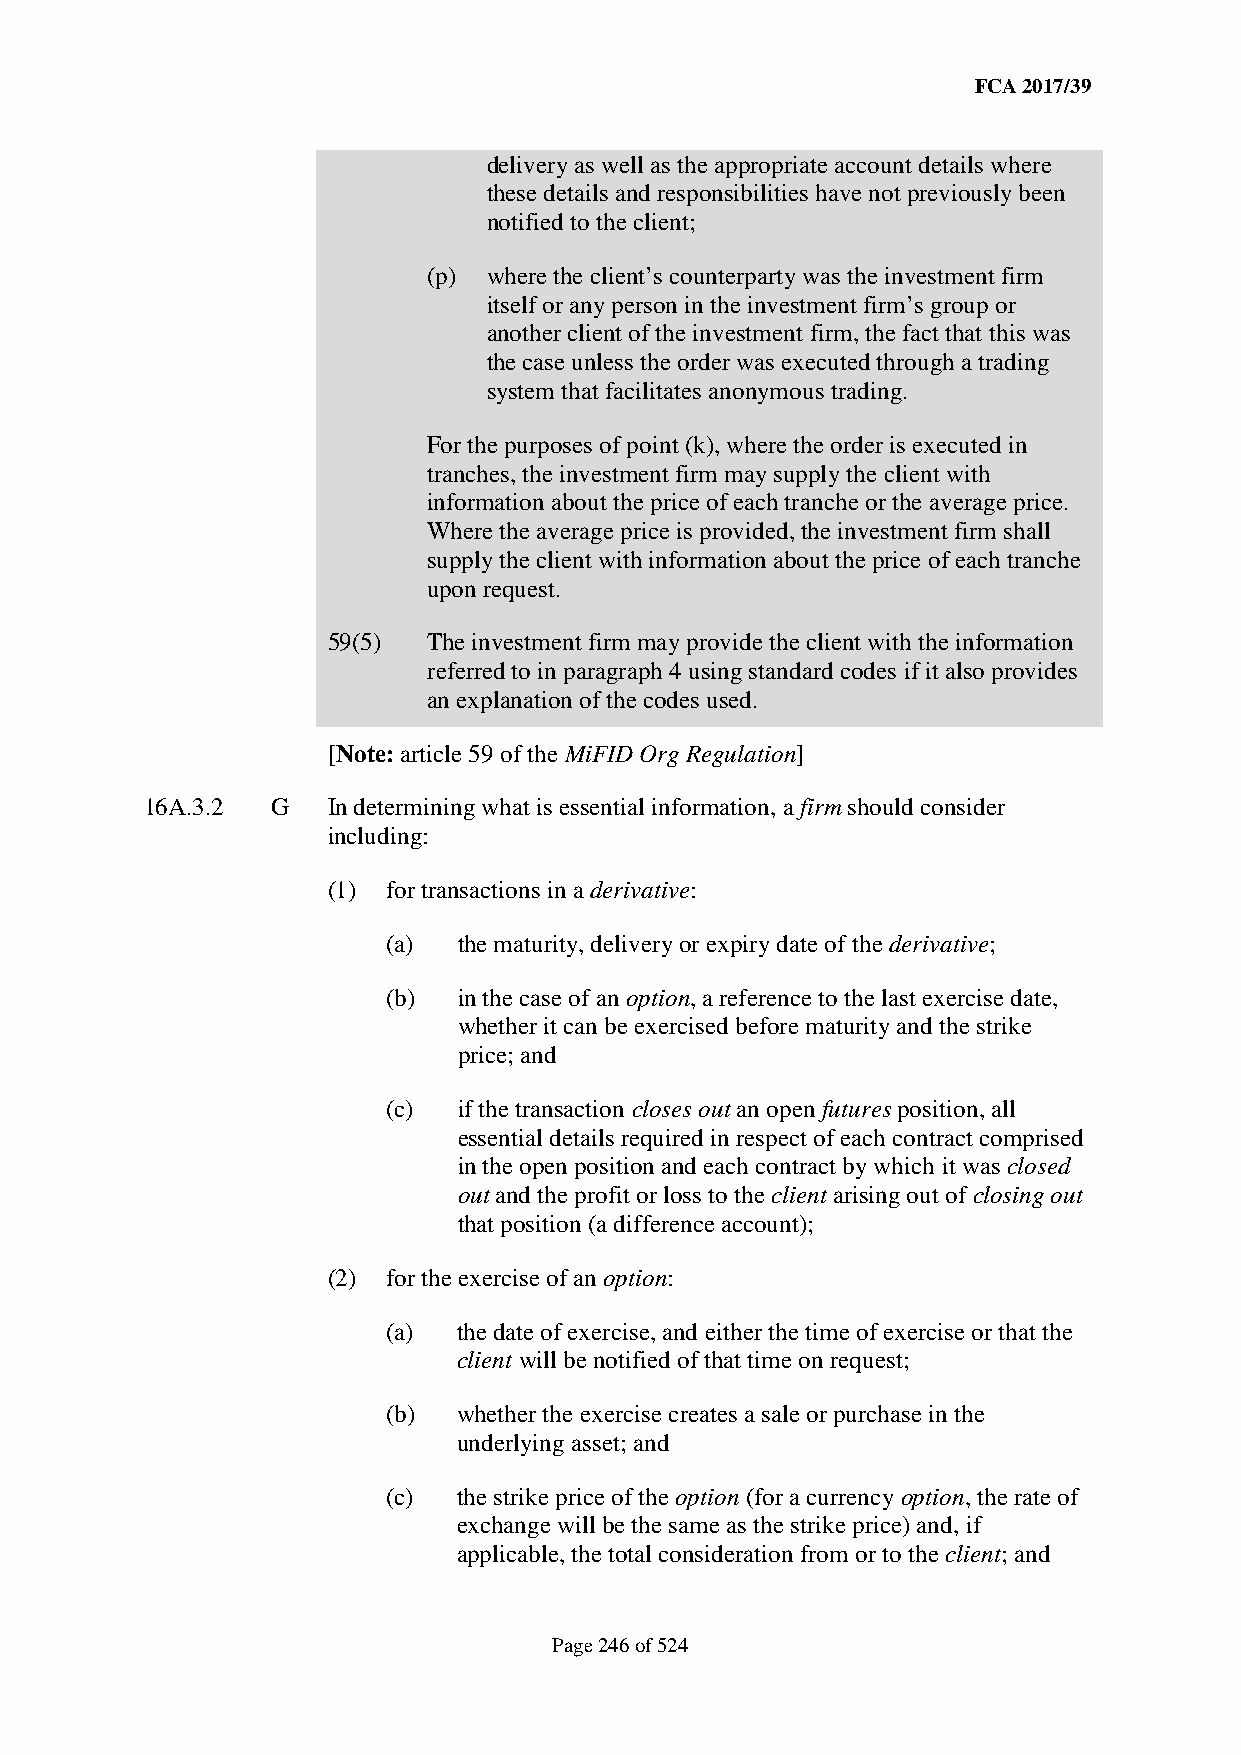
FCA 2017/39
 delivery as well as the appropriate account details where
 these details and responsibilities have not previously been
 notified to the client;
 (p) where the client’s counterparty was the investment firm
 itself or any person in the investment firm’s group or
 another client of the investment firm, the fact that this was
 the case unless the order was executed through a trading
 system that facilitates anonymous trading.
 For the purposes of point (k), where the order is executed in
 tranches, the investment firm may supply the client with
 information about the price of each tranche or the average price.
 Where the average price is provided, the investment firm shall
 supply the client with information about the price of each tranche
 upon request.
 59(5) The investment firm may provide the client with the information
 referred to in paragraph 4 using standard codes if it also provides
 an explanation of the codes used.
 [Note: article 59 of the MiFID Org Regulation]
 16A.3.2 G   In determining what is essential information, a firm should consider
 including:
 (1) for transactions in a derivative:
 (a) the maturity, delivery or expiry date of the derivative;
 (b) in the case of an option, a reference to the last exercise date,
 whether it can be exercised before maturity and the strike
 price; and
 (c) if the transaction closes out an open futures position, all
 essential details required in respect of each contract comprised
 in the open position and each contract by which it was closed
 out and the profit or loss to the client arising out of closing out
 that position (a difference account);
 (2) for the exercise of an option:
 (a) the date of exercise, and either the time of exercise or that the
 client will be notified of that time on request;
 (b) whether the exercise creates a sale or purchase in the
 underlying asset; and
 (c) the strike price of the option (for a currency option, the rate of
 exchange will be the same as the strike price) and, if
 applicable, the total consideration from or to the client; and
 Page 246 of 524